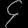
Digit: ၄